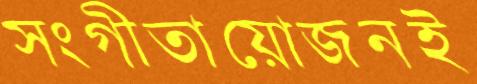
সংগীতায়োজনই